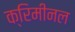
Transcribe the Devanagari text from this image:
क्रिमीनल